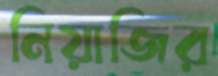
নিয়াজির